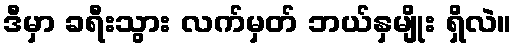
ဒီမှာ ခရီးသွား လက်မှတ် ဘယ်နှမျိုး ရှိလဲ။